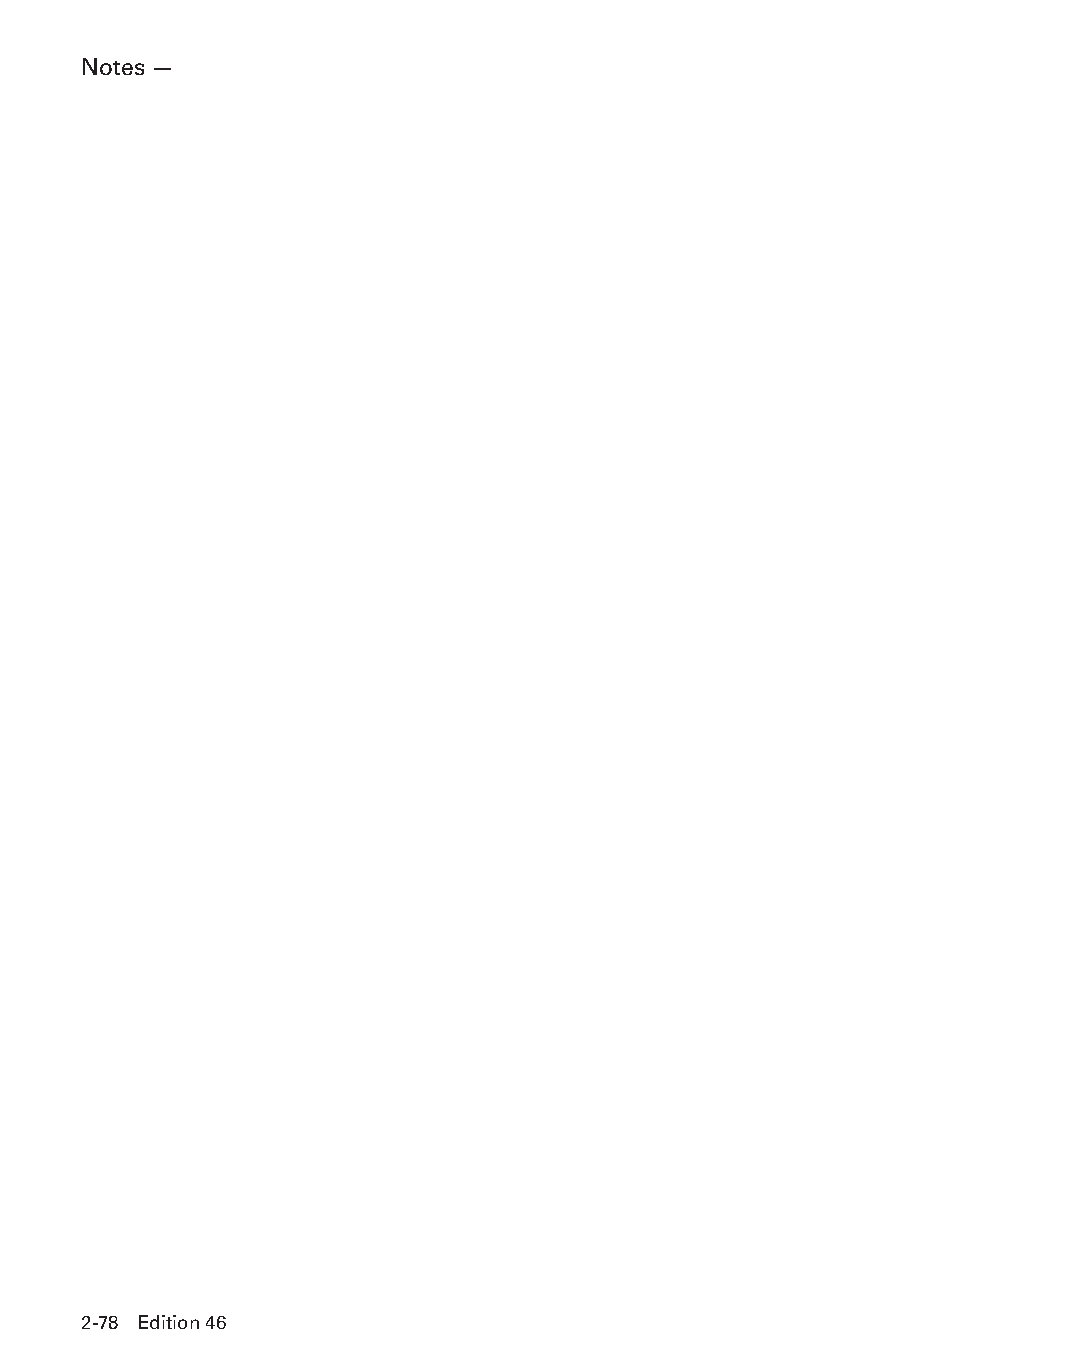
Notes —
 2-78 Edition 46
 PPHHBB--SSeecc0022--1166..iinndddd 7788                        1122//44//1155 1100::2266 AAMM